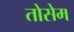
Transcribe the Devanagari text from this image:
तोसेम